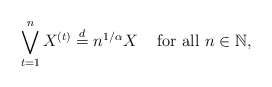
\begin{align*}\bigvee_{t=1}^{n}X^{(t)} \stackrel{d}{=} n^{1/\alpha} X \;\;\; \mbox{ for all } n \in \mathbb{N},\end{align*}